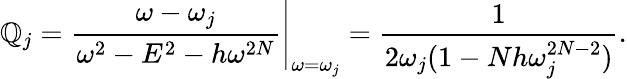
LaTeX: \mathbb{Q}_{j}={\frac{{\omega-\omega_{j}}}{{\omega^{2}-E^{2}-h\omega^{2N}}}}\Bigg|_{\omega=\omega_{j}}={\frac{{1}}{{2\omega_{j}(1-Nh\omega_{j}^{2N-2})}}}.